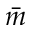
\bar { m }